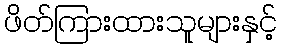
ဖိတ်ကြားထားသူများနှင့်